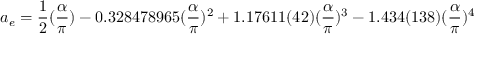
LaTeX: a _ { e } = \frac 1 2 ( \frac \alpha \pi ) - 0 . 3 2 8 4 7 8 9 6 5 ( \frac \alpha \pi ) ^ { 2 } + 1 . 1 7 6 1 1 ( 4 2 ) ( \frac \alpha \pi ) ^ { 3 } - 1 . 4 3 4 ( 1 3 8 ) ( \frac \alpha \pi ) ^ { 4 }